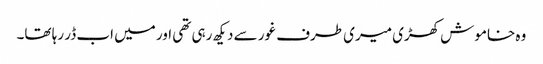
وہ خاموش کھڑی میری طرف غور سے دیکھ رہی تھی اور میں اب ڈر رہا تھا۔